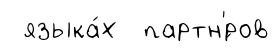
языка́х партн'́ров